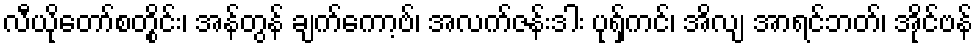
လီယိုတော်စတွိုင်း၊ အန်တွန် ချက်ကော့ဗ်၊ အလက်ဇန်းဒါး ပုရှ်ကင်၊ အိလျ အာရင်ဘတ်၊ အိုင်ဗန်